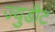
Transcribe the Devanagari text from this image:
ज्युडीट